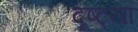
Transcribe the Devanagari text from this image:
दूष्ट्या